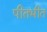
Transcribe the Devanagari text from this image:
पीतभीत